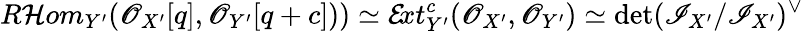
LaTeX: R\mathcal{H}om_{Y^{\prime}}(\mathscr{O}_{X^{\prime}}[q],\mathscr{O}_{Y^{\prime}}[q+c]))\simeq\mathcal E\! xt_{Y^{\prime}}^{c}(\mathscr{O}_{X^{\prime}},\mathscr{O}_{Y^{\prime}})\simeq\operatorname*{det}(\mathscr{I}_{X^{\prime}}/\mathscr{I}_{X^{\prime}})^{\vee}